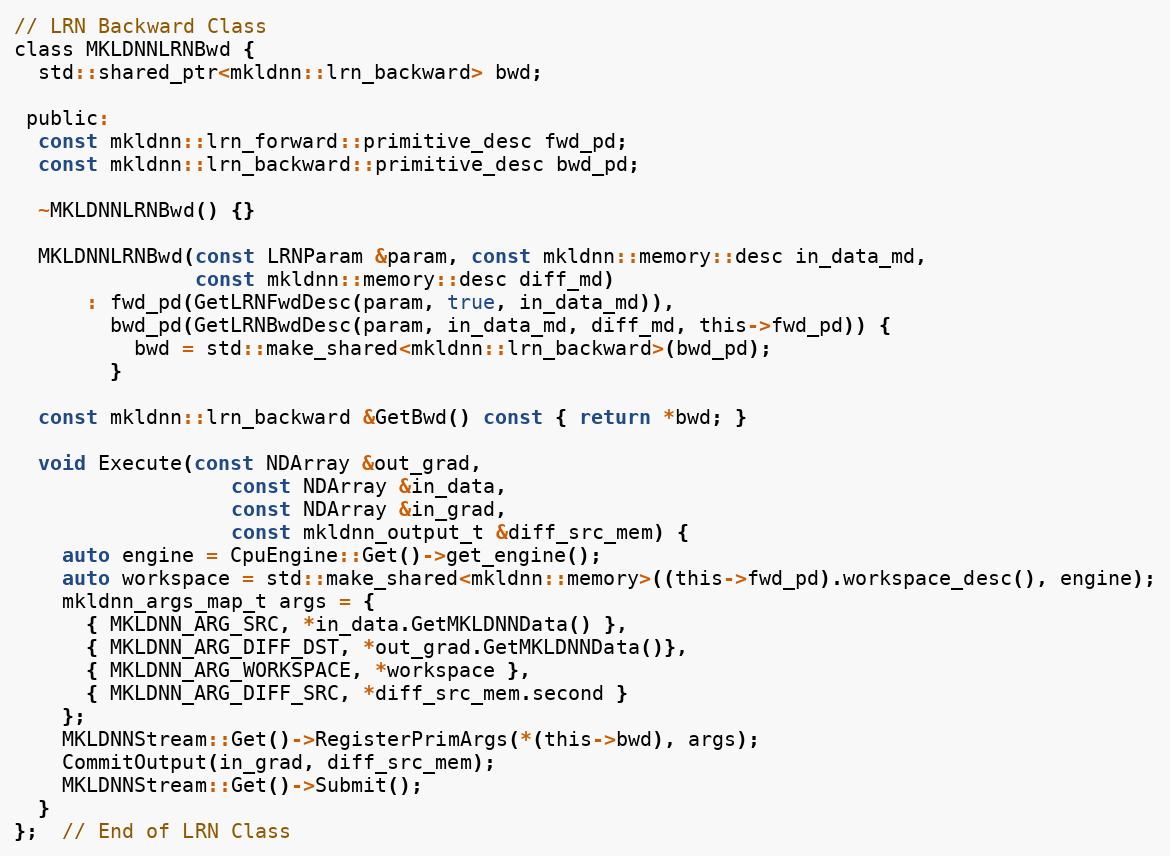
Language: C
// LRN Backward Class
class MKLDNNLRNBwd {
  std::shared_ptr<mkldnn::lrn_backward> bwd;

 public:
  const mkldnn::lrn_forward::primitive_desc fwd_pd;
  const mkldnn::lrn_backward::primitive_desc bwd_pd;

  ~MKLDNNLRNBwd() {}

  MKLDNNLRNBwd(const LRNParam &param, const mkldnn::memory::desc in_data_md,
               const mkldnn::memory::desc diff_md)
      : fwd_pd(GetLRNFwdDesc(param, true, in_data_md)),
        bwd_pd(GetLRNBwdDesc(param, in_data_md, diff_md, this->fwd_pd)) {
          bwd = std::make_shared<mkldnn::lrn_backward>(bwd_pd);
        }

  const mkldnn::lrn_backward &GetBwd() const { return *bwd; }

  void Execute(const NDArray &out_grad,
                  const NDArray &in_data,
                  const NDArray &in_grad,
                  const mkldnn_output_t &diff_src_mem) {
    auto engine = CpuEngine::Get()->get_engine();
    auto workspace = std::make_shared<mkldnn::memory>((this->fwd_pd).workspace_desc(), engine);
    mkldnn_args_map_t args = {
      { MKLDNN_ARG_SRC, *in_data.GetMKLDNNData() },
      { MKLDNN_ARG_DIFF_DST, *out_grad.GetMKLDNNData()},
      { MKLDNN_ARG_WORKSPACE, *workspace },
      { MKLDNN_ARG_DIFF_SRC, *diff_src_mem.second }
    };
    MKLDNNStream::Get()->RegisterPrimArgs(*(this->bwd), args);
    CommitOutput(in_grad, diff_src_mem);
    MKLDNNStream::Get()->Submit();
  }
};  // End of LRN Class